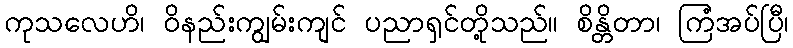
ကုသလေဟိ၊ ဝိနည်းကျွမ်းကျင် ပညာရှင်တို့သည်။ စိန္တိတာ၊ ကြံအပ်ပြီ၊